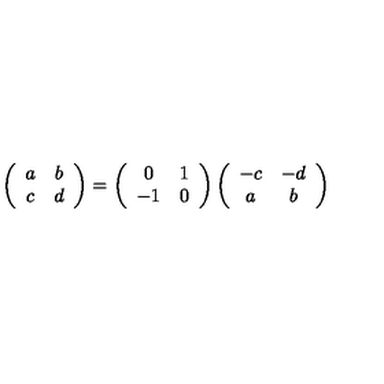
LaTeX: \left( \begin{array} { c c } { a } & { b } \\ { c } & { d } \\ \end{array} \right) = \left( \begin{array} { c c } { 0 } & { 1 } \\ { - 1 } & { 0 } \\ \end{array} \right) \left( \begin{array} { c c } { - c } & { - d } \\ { a } & { b } \\ \end{array} \right)